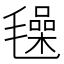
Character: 𣰕